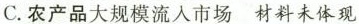
C.农产品大规模流入市场 材料未体现